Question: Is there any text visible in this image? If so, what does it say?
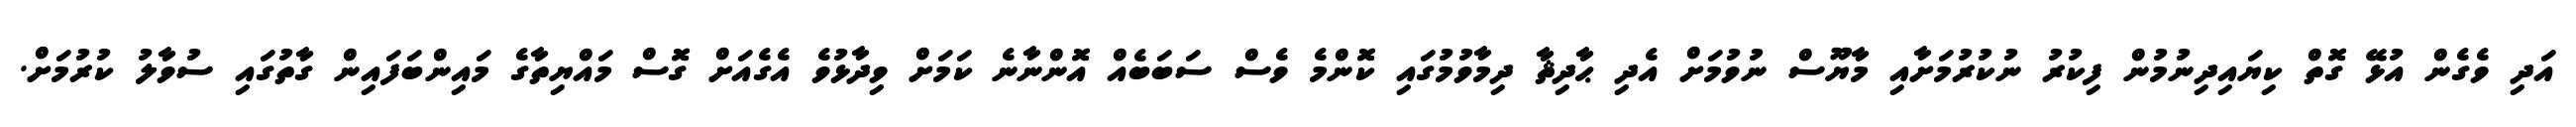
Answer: އަދި ވެގެން އުޅޭ ގޮތް ކިޔައިދިނުމުން ފިކުރު ނުކުރުމަށާއި މާޔޫސް ނުވުމަށް އެދި ޙާދިޘާ ދިމާވުމުގައި ކޮންމެ ވެސް ސަބަބެއް އޮންނާނެ ކަމަށް ވިދާޅުވެ އެގެއަށް ގޮސް މައްޔިތާގެ މައިންބަފައިން ގާތުގައި ސުވާލު ކުރުމަށް.